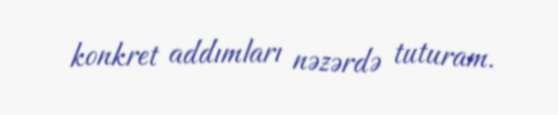
konkret addımları nəzərdə tuturam.